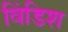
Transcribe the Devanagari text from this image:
विंडिश